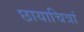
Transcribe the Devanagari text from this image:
छायाचित्रां